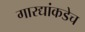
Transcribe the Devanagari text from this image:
गारद्यांकडेच